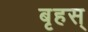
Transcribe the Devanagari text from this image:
बृहस्